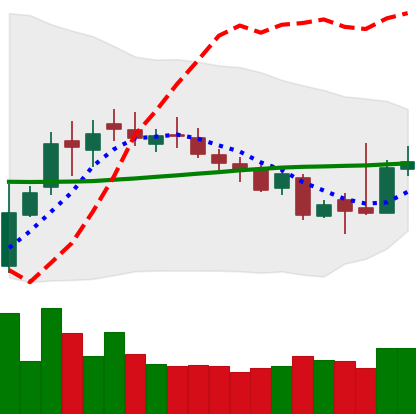
Ticker: XLM-USD
Chart end date: 2018-11-03
Forward return: 8.628%
Label: up_7plus